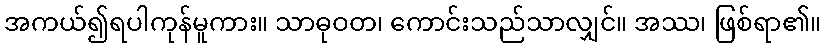
အကယ်၍ရပါကုန်မူကား။ သာဓုဝတ၊ ကောင်းသည်သာလျှင်။ အဿ၊ ဖြစ်ရာ၏။